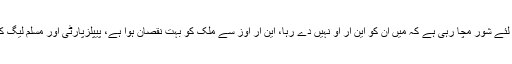
وزیراعظم عمران خان نے کہا کہ اپوزیشن اس لئے شور مچا رہی ہے کہ میں ان کو این آر او نہیں دے رہا، این آر اوز سے ملک کو بہت نقصان ہوا ہے، پیپلزپارٹی اور مسلم لیگ کی حکومتیں دو، دو مرتبہ کرپشن پر ختم ہوئیں۔